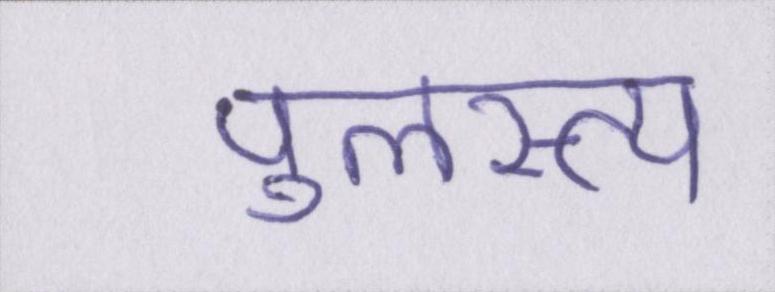
पुलस्त्य